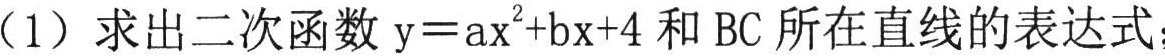
（1）求出二次函数 \(y = ax^{2}+bx + 4\) 和 \(BC\) 所在直线的表达式；